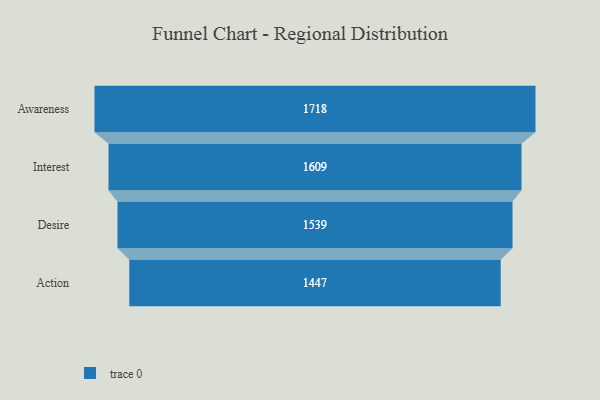
{"axis": {"x": "Stage", "y": "Value"}, "legend": [""], "data": [{"x": "Awareness", "y": 1718.0, "type": ""}, {"x": "Interest", "y": 1609.0, "type": ""}, {"x": "Desire", "y": 1539.0, "type": ""}, {"x": "Action", "y": 1447.0, "type": ""}]}